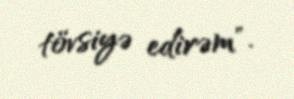
tövsiyə edirəm".